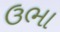
ઉભા